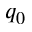
q _ { 0 }